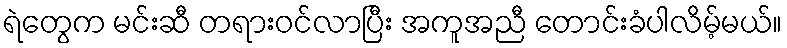
ရဲတွေက မင်းဆီ တရားဝင်လာပြီး အကူအညီ တောင်းခံပါလိမ့်မယ်။